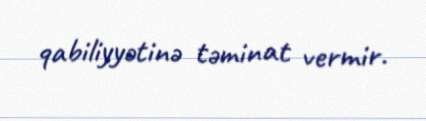
qabiliyyətinə təminat vermir.